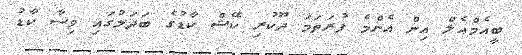
ބީއެމްއެލް އިން އެންމެ ފުރަތަމަ ދޫކުރި ކޭޝް ކާޑުގެ ބަދަލުގައި ވިސާ ކާޑު